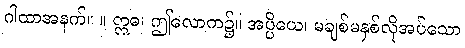
ဂါထာအနက်။ ။ ဣဓ၊ ဤလောက၌။ အပ္ပိယေ၊ မချစ်မနှစ်လိုအပ်သော